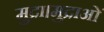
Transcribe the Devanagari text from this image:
मुद्रा।मुद्राओं